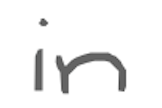
Text: in
Cross-out: clean
Writing tool: digital_gray